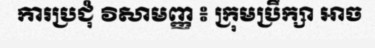
ការប្រជុំ វិសាមញ្ញ ៖ ក្រុមប្រឹក្សា អាច